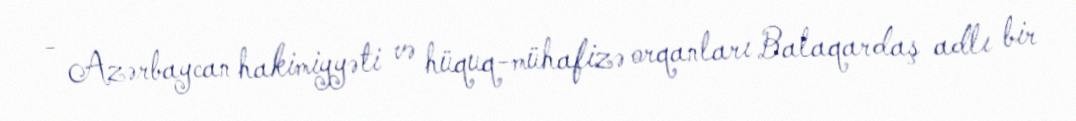
- Azərbaycan hakimiyyəti və hüquq-mühafizə orqanları Balaqardaş adlı bir